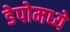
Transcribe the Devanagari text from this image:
डेपोमध्ये